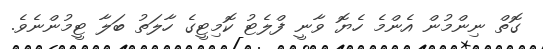
ގޮތް ނިންމުން އެންމެ ހެޔޮ ވާނީ ފްލެޓު ކޮމިޓީގެ ހާލަތު ބަލާ ޓީމުންނެވެ.